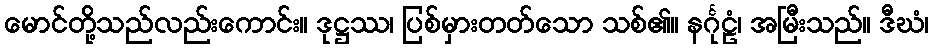
မောင်တို့သည်လည်းကောင်း။ ဒုဋ္ဌဿ၊ ပြစ်မှားတတ်သော သစ်၏။ နင်္ဂုဠံ၊ အမြီးသည်။ ဒီဃံ၊